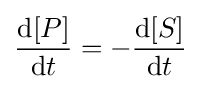
{\frac {{\text{d}}[P]}{{\text{d}}t}}=-{\frac {{\text{d}}[S]}{{\text{d}}t}}